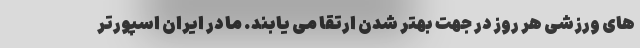
های ورزشی هر روز در جهت بهتر شدن ارتقا می یابند. ما در ایران اسپورتر